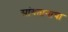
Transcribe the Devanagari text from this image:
सांगतानाचा